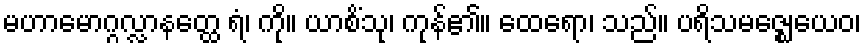
မဟာမောဂ္ဂလ္လာနတ္ထေ ရံ၊ ကို။ ယာစိံသု၊ ကုန်၏။ ထေရော၊ သည်။ ပရိသမဇ္ဈေယေဝ၊